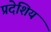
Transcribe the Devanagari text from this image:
प्रदेशिय